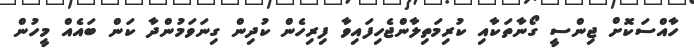
ހާއްސަކޮށް ޖިންސީ ގޯނާތަކާއި ކުރިމަތިލާންޖެހިފައިވާ ފިރިހެން ކުދިން ގިނަވަމުންދާ ކަން ބައެއް މީހުން